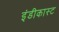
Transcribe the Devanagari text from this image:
इंडीकास्ट